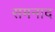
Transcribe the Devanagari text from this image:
समनाद